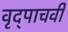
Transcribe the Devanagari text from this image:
वृद्पाचवीं